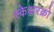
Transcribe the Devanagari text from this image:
स्केअरक्रो